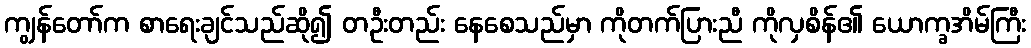
ကျွန်တော်က စာရေးချင်သည်ဆို၍ တဦးတည်း နေစေသည်မှာ ကိုတက်ပြားညီ ကိုလှစိန်၏ ယောက္ခအိမ်ကြီး